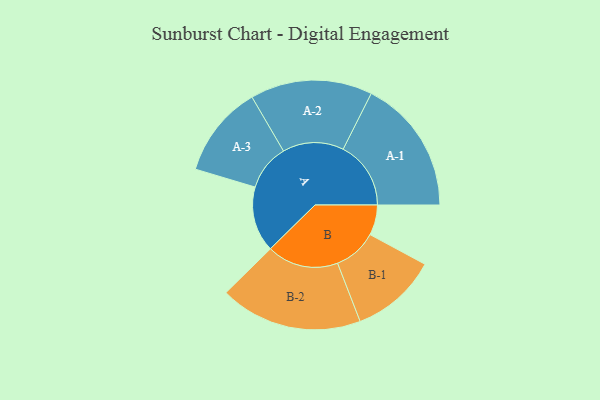
{"axis": {"x": "Segment", "y": "Value"}, "legend": ["", "A", "B"], "data": [{"x": "A", "y": 266, "type": ""}, {"x": "B", "y": 123, "type": ""}, {"x": "A-1", "y": 275, "type": "A"}, {"x": "A-2", "y": 248, "type": "A"}, {"x": "A-3", "y": 187, "type": "A"}, {"x": "B-1", "y": 176, "type": "B"}, {"x": "B-2", "y": 290, "type": "B"}]}